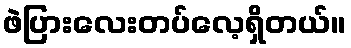
ဖဲပြားလေးတပ်လေ့ရှိတယ်။